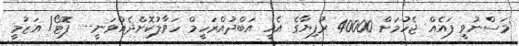
މަސްނުވީ ފައެއް ޖެހުމަށް 40000 ރުފިޔާގެ އެހީ އަބްދުއްރަހީމް ހަވާލުކޮށްދެއްވަނީ-- ފޮޓޯ/ އަޒުމީ